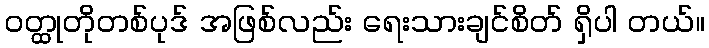
ဝတ္ထုတိုတစ်ပုဒ် အဖြစ်လည်း ရေးသားချင်စိတ် ရှိပါ တယ်။